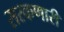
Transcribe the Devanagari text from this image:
सरकणारी